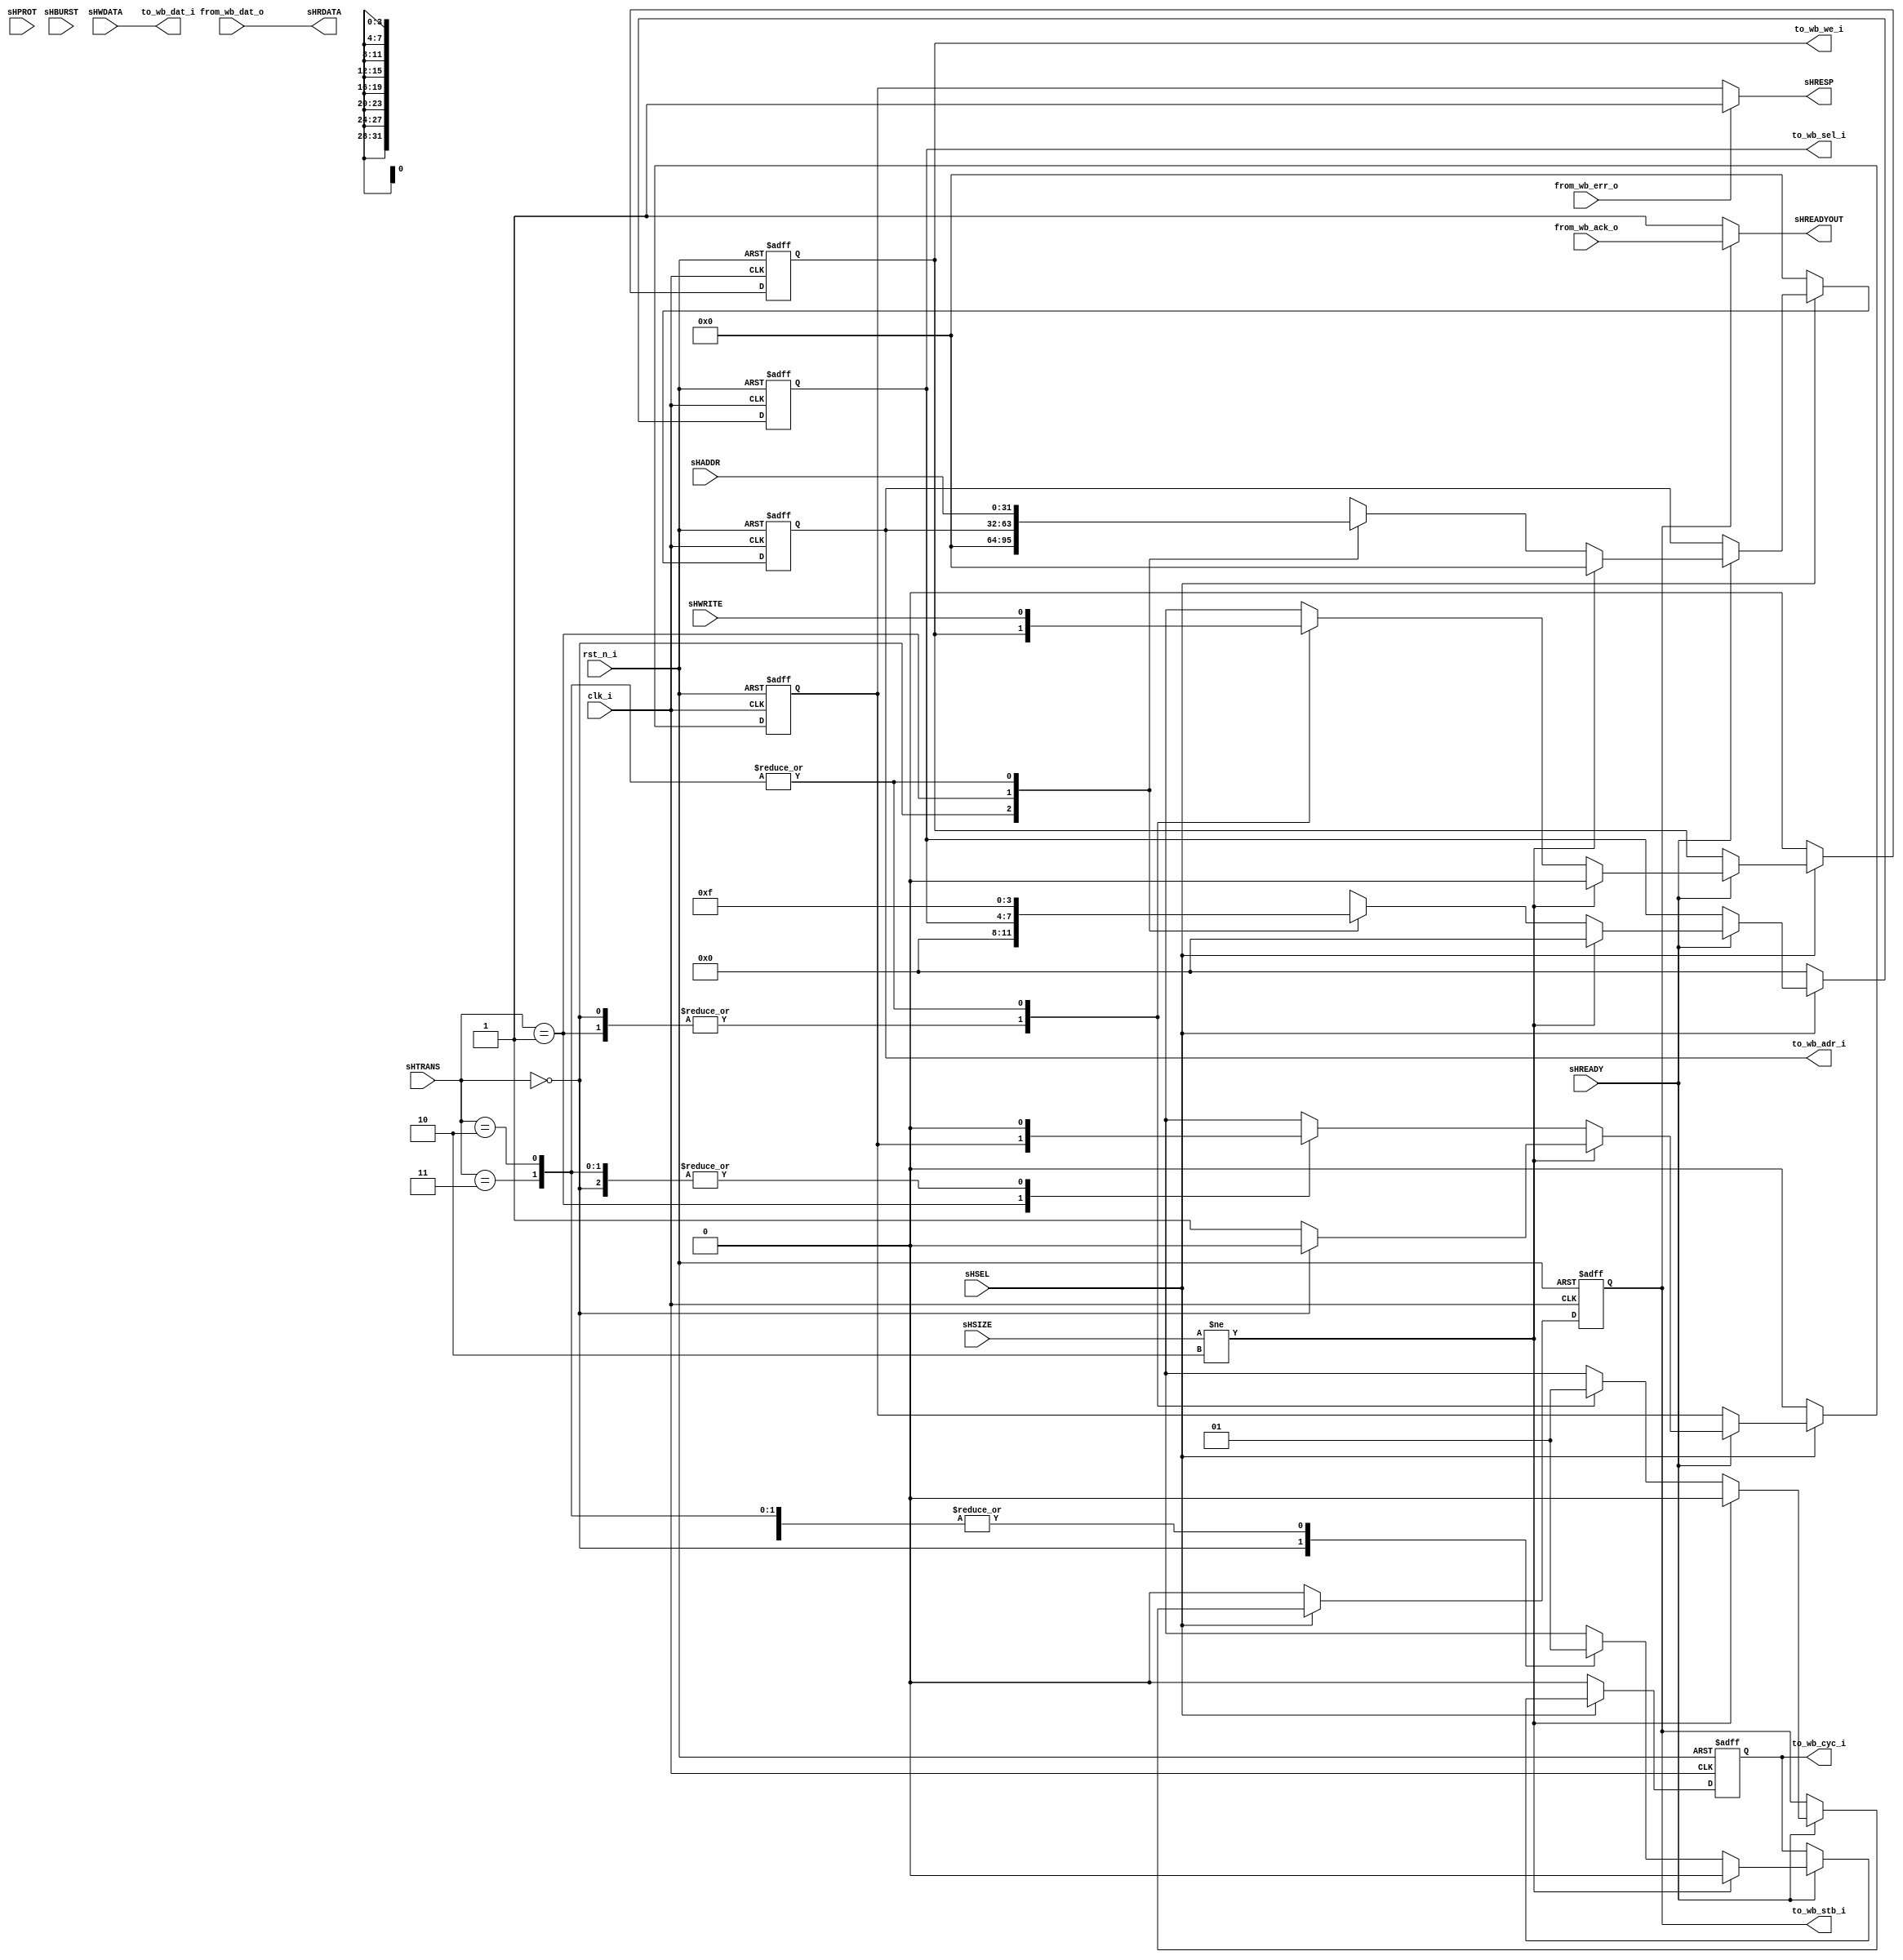
///////////////////////////////////////////////////////////////////////////////
// Vitor Finotti
//
// <project-url>
///////////////////////////////////////////////////////////////////////////////
//
// unit name:     AHB3-Lite to Wishbone bridge
//
// description: Bridge for conversion from a AHB3-Lite master to a Wishbone slave.
//   Inspired on the code of
//   https://www.valpont.com/ahb-to-wishbone-and-wishbone-to-ahb-bridges-in-verilog/pst/
//
//
///////////////////////////////////////////////////////////////////////////////
// Copyright (c) 2019 Vitor Finotti
///////////////////////////////////////////////////////////////////////////////
// MIT
///////////////////////////////////////////////////////////////////////////////
// Permission is hereby granted, free of charge, to any person obtaining a copy of
// this software and associated documentation files (the "Software"), to deal in
// the Software without restriction, including without limitation the rights to
// use, copy, modify, merge, publish, distribute, sublicense, and/or sell copies
// of the Software, and to permit persons to whom the Software is furnished to do
// so, subject to the following conditions:

// The above copyright notice and this permission notice shall be included in all
// copies or substantial portions of the Software.

// THE SOFTWARE IS PROVIDED "AS IS", WITHOUT WARRANTY OF ANY KIND, EXPRESS OR
// IMPLIED, INCLUDING BUT NOT LIMITED TO THE WARRANTIES OF MERCHANTABILITY,
// FITNESS FOR A PARTICULAR PURPOSE AND NONINFRINGEMENT. IN NO EVENT SHALL THE
// AUTHORS OR COPYRIGHT HOLDERS BE LIABLE FOR ANY CLAIM, DAMAGES OR OTHER
// LIABILITY, WHETHER IN AN ACTION OF CONTRACT, TORT OR OTHERWISE, ARISING FROM,
// OUT OF OR IN CONNECTION WITH THE SOFTWARE OR THE USE OR OTHER DEALINGS IN THE
// SOFTWARE.
///////////////////////////////////////////////////////////////////////////////

module ahb3lite_to_wb (
  clk_i,
  rst_n_i,

  // ahb3lite
  sHADDR,
  sHWDATA,
  sHWRITE,
  sHREADYOUT,
  sHSIZE,
  sHBURST,
  sHSEL,
  sHTRANS,
  sHRDATA,
  sHRESP,
  sHREADY,
  sHPROT,

  // to wishbone
  to_wb_dat_i,
  to_wb_adr_i,
  to_wb_sel_i,
  to_wb_we_i,
  to_wb_cyc_i,
  to_wb_stb_i,
  from_wb_dat_o,
  from_wb_ack_o,
  from_wb_err_o
  );

input           clk_i;
input	        rst_n_i;
input   [31:0]  sHADDR;
input   [31:0]  sHWDATA;
input           sHWRITE;
input   [ 2:0]  sHSIZE;
input   [ 2:0]  sHBURST;
input           sHSEL;
input   [ 1:0]  sHTRANS;
input           sHREADY;
input   [ 3:0]  sHPROT;

output          sHREADYOUT;
output  [31:0]  sHRDATA;
output          sHRESP;

output  [31:0]  to_wb_dat_i;
output  [31:0]  to_wb_adr_i;
output  [ 3:0]  to_wb_sel_i;
output          to_wb_we_i;
output          to_wb_cyc_i;
output          to_wb_stb_i;
input   [31:0]  from_wb_dat_o;
input           from_wb_ack_o;
input           from_wb_err_o;

/////////////////////////////////////////////////////
reg         NextsHRESP;
reg         isHRESP;

reg         Nextto_wb_cyc_i;
reg         ito_wb_cyc_i;

reg         Nextto_wb_stb_i;
reg         ito_wb_stb_i;

reg [ 3:0]  Nextto_wb_sel_i;
reg [ 3:0]  ito_wb_sel_i;

reg [31:0]  Nextto_wb_adr_i;
reg [31:0]  ito_wb_adr_i;

reg         Nextto_wb_we_i;
reg         ito_wb_we_i;
// reg         adr_valid;
/////////////////////////////////////////////////////
assign to_wb_adr_i   = ito_wb_adr_i;
assign to_wb_we_i    = ito_wb_we_i;
assign to_wb_dat_i   = sHWDATA;
assign to_wb_sel_i   = ito_wb_sel_i;
assign sHRDATA       = from_wb_dat_o;
assign sHREADYOUT    = (to_wb_stb_i)   ? from_wb_ack_o : 1'b1;
assign sHRESP        = (from_wb_err_o) ? 1'b1          : isHRESP;
assign to_wb_cyc_i   = ito_wb_cyc_i;
assign to_wb_stb_i   = ito_wb_stb_i;

always @(*)
begin
  NextsHRESP      = isHRESP;
  Nextto_wb_cyc_i = ito_wb_cyc_i;
  Nextto_wb_stb_i = ito_wb_stb_i;
  Nextto_wb_adr_i = ito_wb_adr_i;
  Nextto_wb_we_i  = ito_wb_we_i;
  Nextto_wb_sel_i = ito_wb_sel_i;

  if(sHSEL)
    begin
      if(sHREADY)
        begin
          if(sHSIZE != 3'b010)
            begin
              Nextto_wb_we_i  = 1'b0;
              Nextto_wb_cyc_i = 1'b0;
              Nextto_wb_stb_i = 1'b0;
              Nextto_wb_adr_i = 32'b0;
              Nextto_wb_sel_i = 4'b0;
              if(sHTRANS == 2'b00)
                NextsHRESP    = 1'b0;
              else
                NextsHRESP    = 1'b1;
            end
          else
            begin
              case(sHTRANS)
                2'b00:
                  begin
                    NextsHRESP      = 1'b0;
                    Nextto_wb_cyc_i = 1'b0;
                    Nextto_wb_stb_i = 1'b0;
                    Nextto_wb_adr_i = 32'b0;
                    Nextto_wb_sel_i = 4'b0;
                  end
                2'b01:
                  begin
                    Nextto_wb_cyc_i = 1'b1;
                    Nextto_wb_stb_i = 1'b0;
                  end
                2'b10,2'b11:
                  begin
                    NextsHRESP      = 1'b0;
                    Nextto_wb_cyc_i = 1'b1;
                    Nextto_wb_stb_i = 1'b1;
                    Nextto_wb_adr_i = sHADDR;
                    Nextto_wb_we_i  = sHWRITE;
                    Nextto_wb_sel_i = 4'b1111;
                  end
              endcase
            end
        end
      else
        begin

        end
    end
  else
    begin
      NextsHRESP      = 1'b0;
      Nextto_wb_we_i  = 1'b0;
      Nextto_wb_cyc_i = 1'b0;
      Nextto_wb_stb_i = 1'b0;
      Nextto_wb_adr_i = 32'b0;
      Nextto_wb_sel_i = 3'b0;
    end

end

always @(posedge clk_i or negedge rst_n_i)
begin
  if(!rst_n_i)
    begin
      isHRESP      <= 1'b0;
      ito_wb_cyc_i <= 1'b0;
      ito_wb_stb_i <= 1'b0;
      ito_wb_adr_i <= 32'b0;
      ito_wb_we_i  <= 1'b0;
      ito_wb_sel_i <= 4'b0;
    end
  else
    begin
      isHRESP      <= NextsHRESP;
      ito_wb_cyc_i <= Nextto_wb_cyc_i;
      ito_wb_stb_i <= Nextto_wb_stb_i;
      ito_wb_adr_i <= Nextto_wb_adr_i;
      ito_wb_we_i  <= Nextto_wb_we_i;
      ito_wb_sel_i <= Nextto_wb_sel_i;
    end
end

endmodule